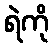
ရဲကို